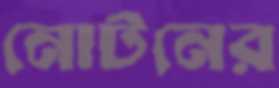
নোটনের